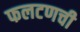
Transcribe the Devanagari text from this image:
फलटणची